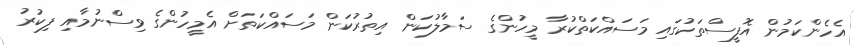
އެހެންކަމުން އޮފީސްތަކުގައި މަސައްކަތްކުރާ މީހުންގެ ސަމާލުކަން އިތުރުކަން މަސައްކަތަށް އެމީހުންގެ ވިސްނުމާއި ފިކުރު